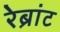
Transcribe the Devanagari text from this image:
रेब्रांट